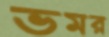
ভমর